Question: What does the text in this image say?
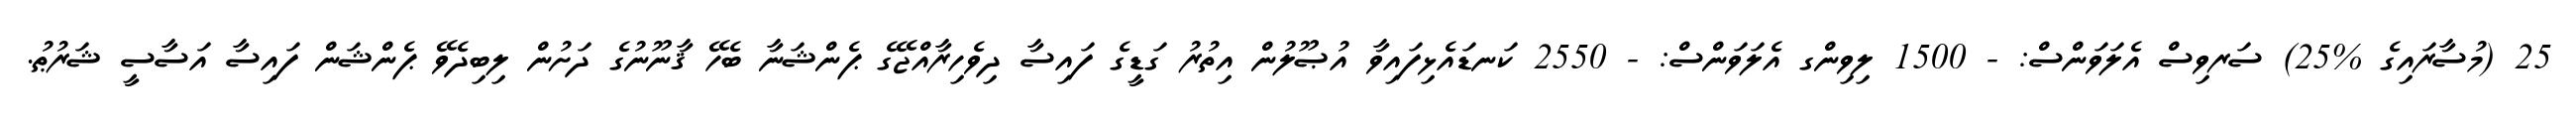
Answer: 25 (މުސާރައިގެ %25) ސަރވިސް އެލަވަންސް: - 1500 ލިވިންގ އެލަވަންސް: - 2550 ކަނޑައެޅިފައިވާ އުޞޫލުން އިތުރު ގަޑީގެ ފައިސާ ދިވެހިރާއްޖޭގެ ޕެންޝަނާ ބެހޭ ޤާނޫނުގެ ދަށުން ލިބިދެވޭ ޕެންޝަން ފައިސާ އަސާސީ ޝަރުޠު.